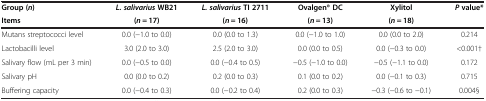
<table><thead><tr><td><b>Group ( <i>n </i>)</b></td><td><b><i>L. salivarius </i>WB21</b></td><td><b><i>L. salivarius </i>TI 2711</b></td><td><b>Ovalgen® DC</b></td><td><b>Xylitol</b></td><td><b><i>P </i>value*</b></td></tr><tr><td><b>Items</b></td><td><b>(<i>n</i> = 17)</b></td><td><b>(<i>n</i> = 16)</b></td><td><b>(<i>n</i> = 13)</b></td><td><b>(<i>n</i> = 18)</b></td><td><b> </b></td></tr></thead><tbody><tr><td>Mutans streptococci level</td><td>0.0 (−1.0 to 0.0)</td><td>0.0 (0.0 to 1.3)</td><td>0.0 (−1.0 to 1.0)</td><td>0.0 (0.0 to 2.0)</td><td>0.214</td></tr><tr><td>Lactobacilli level</td><td>3.0 (2.0 to 3.0)</td><td>2.5 (2.0 to 3.0)</td><td>0.0 (0.0 to 0.5)</td><td>0.0 (−0.3 to 0.0)</td><td>&lt;0.001†</td></tr><tr><td>Salivary flow (mL per 3 min)</td><td>0.0 (−0.5 to 0.0)</td><td>0.0 (−0.4 to 0.5)</td><td>−0.5 (−1.0 to 0.0)</td><td>−0.5 (−1.1 to 0.0)</td><td>0.172</td></tr><tr><td>Salivary pH</td><td>0.0 (0.0 to 0.2)</td><td>0.2 (0.0 to 0.3)</td><td>0.1 (0.0 to 0.2)</td><td>0.0 (−0.1 to 0.3)</td><td>0.715</td></tr><tr><td>Buffering capacity</td><td>0.0 (−0.4 to 0.3)</td><td>0.0 (−0.2 to 0.4)</td><td>0.2 (0.0 to 0.3)</td><td>−0.3 (−0.6 to −0.1)</td><td>0.004§</td></tr></tbody></table>